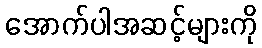
အောက်ပါအဆင့်များကို